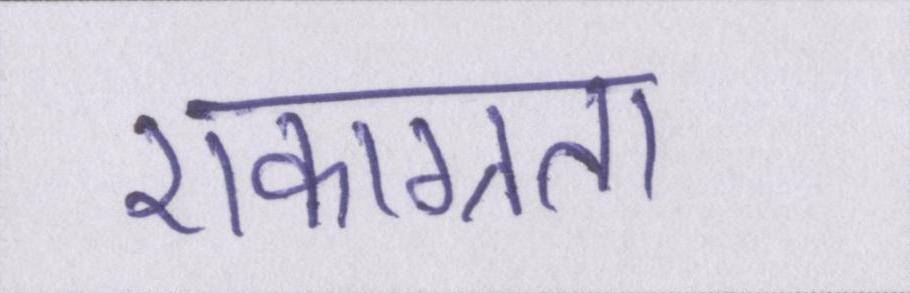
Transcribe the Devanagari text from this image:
एकाग्रता